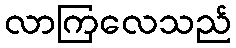
လာကြလေသည်